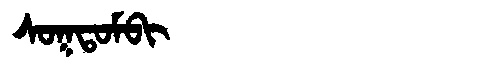
Manchu: ᠰᠣᡴᡨᠣᠮᠪᡳ
Romanization: SOKTOMBI